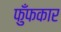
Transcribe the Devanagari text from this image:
फुँफकार